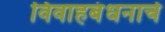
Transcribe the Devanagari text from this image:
विवाहबंधनाचे